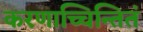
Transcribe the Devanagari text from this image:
करणाच्चिन्तितं